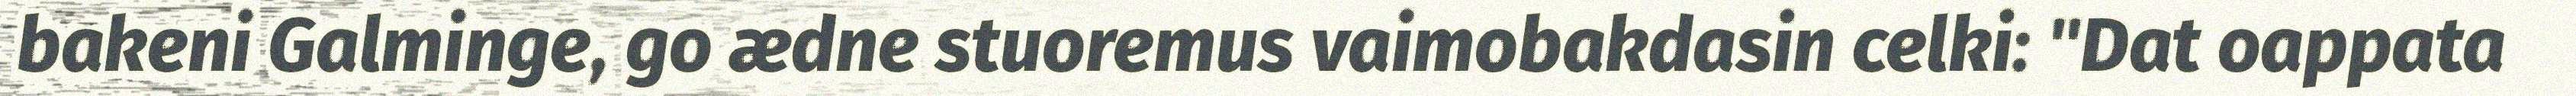
bakeni Galminge, go ædne stuoremus vaimobakdasin celki: "Dat oappata